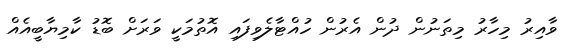
ވާއިރު މިހާރު މިތަނުން ދުން އެރުން ހުއްޓާލެވިފައި އޮތުމަކީ ވަރަށް ބޮޑު ކާމިޔާބީއެއް